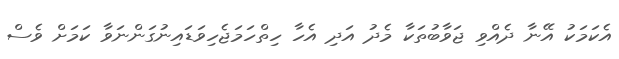
އެކަމަކު އޭނާ ދެއްވި ޖަވާބުތަކާ މެދު އަދި އެހާ ހިތްހަމަޖެހިވަޑައިނުގަންނަވާ ކަމަށް ވެސް